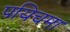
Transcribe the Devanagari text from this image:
पयिचमा